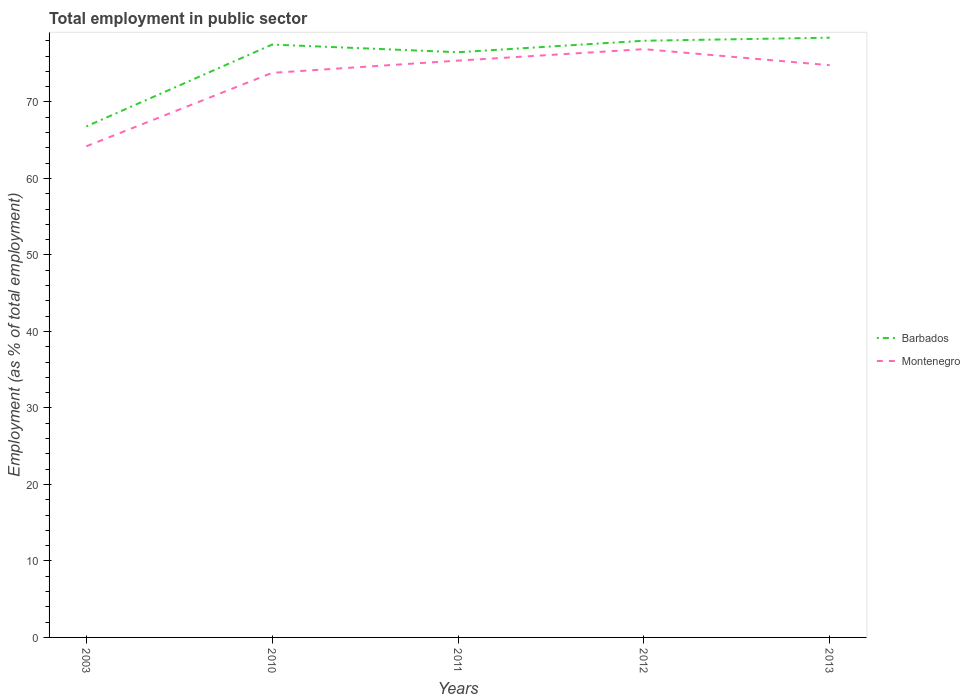
| Years | Barbados | Montenegro |
 | --- | --- | --- |
 | 2003 | 66.8 | 64.2 |
 | 2010 | 77.5 | 73.8 |
 | 2011 | 76.5 | 75.4 |
 | 2012 | 78 | 76.9 |
 | 2013 | 78.4 | 74.8 |